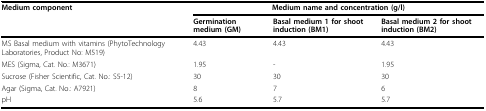
| Medium component | <COLSPAN=3> Medium name and concentration (g/l) |
 |  | Germination medium (GM) | Basal medium 1 for shoot induction (BM1) | Basal medium 2 for shoot induction (BM2) |
 | --- | --- | --- | --- |
 | MS Basal medium with vitamins (PhytoTechnology Laboratories, Product No: M519) | 4.43 | 4.43 | 4.43 |
 | MES (Sigma, Cat. No.: M3671) | 1.95 | - | 1.95 |
 | Sucrose (Fisher Scientific, Cat. No.: S5-12) | 30 | 30 | 30 |
 | Agar (Sigma, Cat. No.: A7921) | 8 | 7 | 6 |
 | pH | 5.6 | 5.7 | 5.7 |